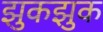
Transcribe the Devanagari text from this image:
झुकझुक